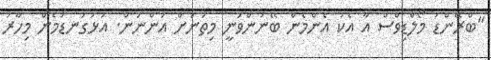
"ބްރޭންޑު މޯލްޑިވްސް އާ އެކު އެންމެން ބޭނުންވަނީ މިތަނަށް އަންނަން. އަޅުގަނޑުމެން މިހާރު